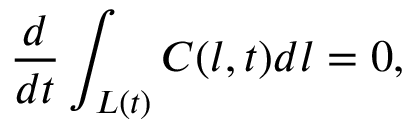
\frac { d } { d t } \int _ { L ( t ) } { C ( l , t ) d l } = 0 ,